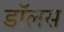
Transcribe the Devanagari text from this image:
डॉलस